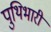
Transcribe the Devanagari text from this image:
पुथिभारी